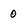
Character: 0